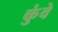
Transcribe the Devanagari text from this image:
कुंवे